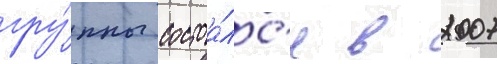
гру́ппы состоа́лс'я в 2007